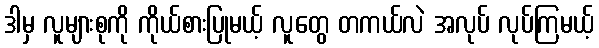
ဒါမှ လူများစုကို ကိုယ်စားပြုမယ့် လူတွေ တကယ်လဲ အလုပ် လုပ်ကြမယ့်